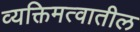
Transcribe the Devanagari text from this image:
व्यक्तिमत्वातील